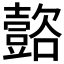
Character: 𲂟